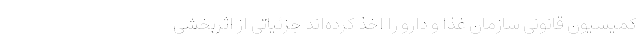
کمیسیون قانونی سازمان غذا و دارو را اخذ کرده‌‌اند جزئیاتی از اثربخشی